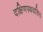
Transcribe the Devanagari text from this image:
दक्षिणपथवासिनः